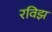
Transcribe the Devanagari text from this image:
रविझ